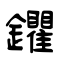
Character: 鑺